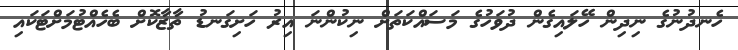
ހެނދުނުގެ ނިދިން ހޭލައިގެން ދުވަހުގެ މަސައްކަތަށް ނިކުންނަ އިރު ހަށިގަނޑު ތާޒާކޮށް ބެހެއްޓުމަށްޓަކައި